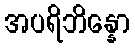
အပရိဘိန္နော